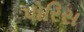
પોરિસ